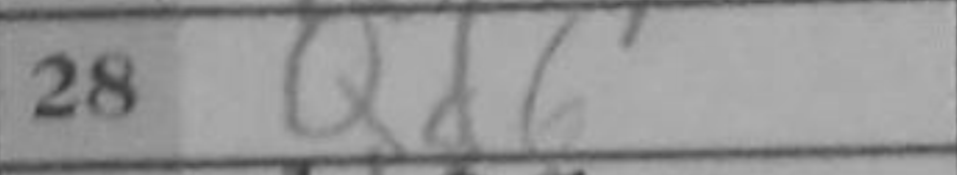
Transcription: Qd6